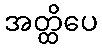
အတ္ထိပေ